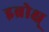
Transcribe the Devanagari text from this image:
इब्रोक्ष्